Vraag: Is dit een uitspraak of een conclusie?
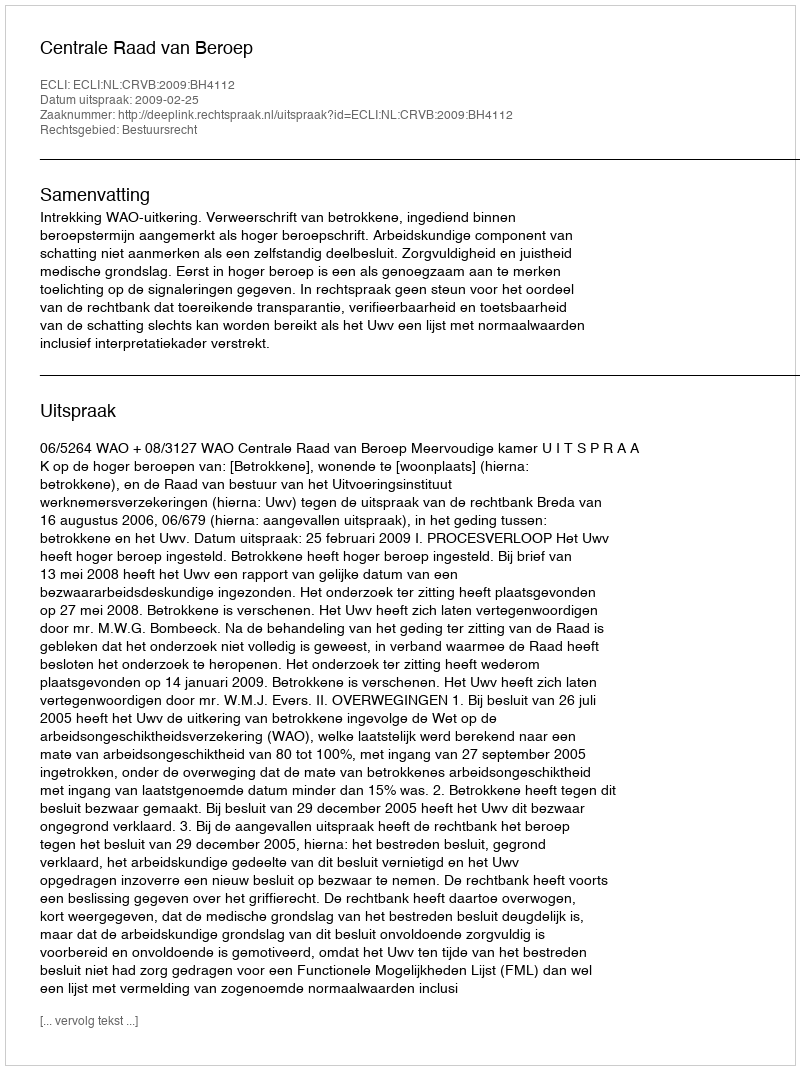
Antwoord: Uitspraak